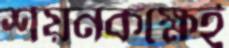
শয়নকক্ষেই